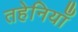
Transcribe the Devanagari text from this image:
तहेनियाँ